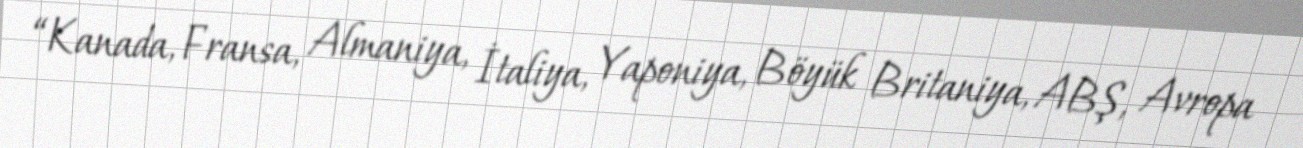
“Kanada, Fransa, Almaniya, İtaliya, Yaponiya, Böyük Britaniya, ABŞ, Avropa